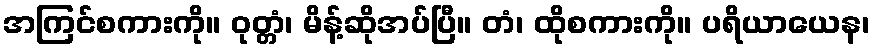
အကြင်စကားကို။ ဝုတ္တံ၊ မိန့်ဆိုအပ်ပြီ။ တံ၊ ထိုစကားကို။ ပရိယာယေန၊